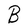
Character: B